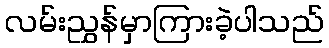
လမ်းညွှန်မှာကြားခဲ့ပါသည်